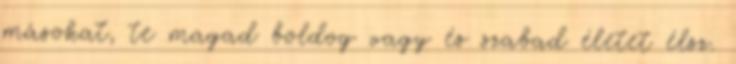
másokat, te magad boldog vagy és szabad életet élsz.